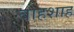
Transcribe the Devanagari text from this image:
बाहशाह